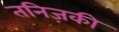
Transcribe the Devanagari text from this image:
तनिज़की